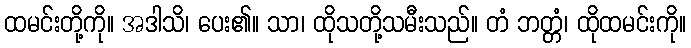
ထမင်းတို့ကို။ အဒါသိ၊ ပေး၏။ သာ၊ ထိုသတို့သမီးသည်။ တံ ဘတ္တံ၊ ထိုထမင်းကို။